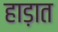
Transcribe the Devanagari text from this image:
हाड़ात